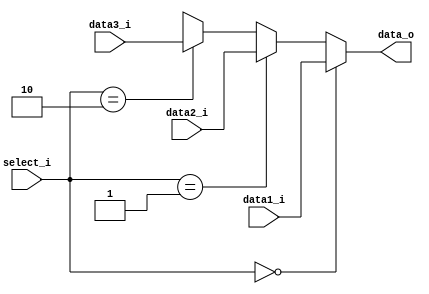
module MUX32_4
(
    data1_i,
    data2_i,
    data3_i,
    select_i,
    data_o
);

input   [31:0]  data1_i, data2_i, data3_i;
input   [1:0]   select_i;
output  [31:0]  data_o;

assign data_o = (select_i == 2'b00)? data1_i:
                (select_i == 2'b01)? data2_i:
                (select_i == 2'b10)? data3_i:32'bx;

endmodule